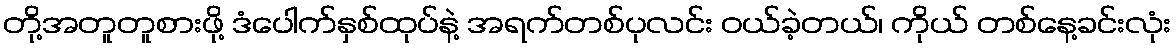
တို့အတူတူစားဖို့ ဒံပေါက်နှစ်ထုပ်နဲ့ အရက်တစ်ပုလင်း ဝယ်ခဲ့တယ်၊ ကိုယ် တစ်နေ့ခင်းလုံး